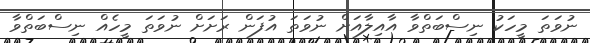
ނުވަތަ މީހަކު ނިސްބަތްވާ އާއިލާއަށް ނުވަތަ އުފަން ރަށަށް ނުވަތަ މީހެއް ނިސްބަތްވާ